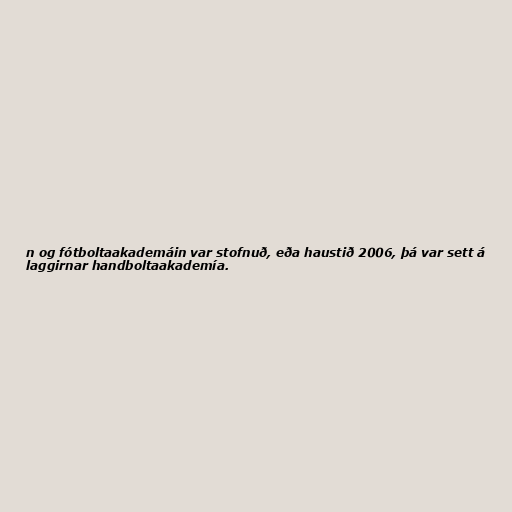
n og fótboltaakademáin var stofnuð, eða haustið 2006, þá var sett á
laggirnar handboltaakademía.